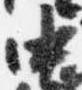
中